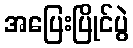
အပြေးပြိုင်ပွဲ